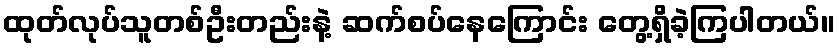
ထုတ်လုပ်သူတစ်ဦးတည်းနဲ့ ဆက်စပ်နေကြောင်း တွေ့ရှိခဲ့ကြပါတယ်။